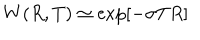
LaTeX: W ( R , T ) \simeq \exp \left[ - \sigma T R \right]